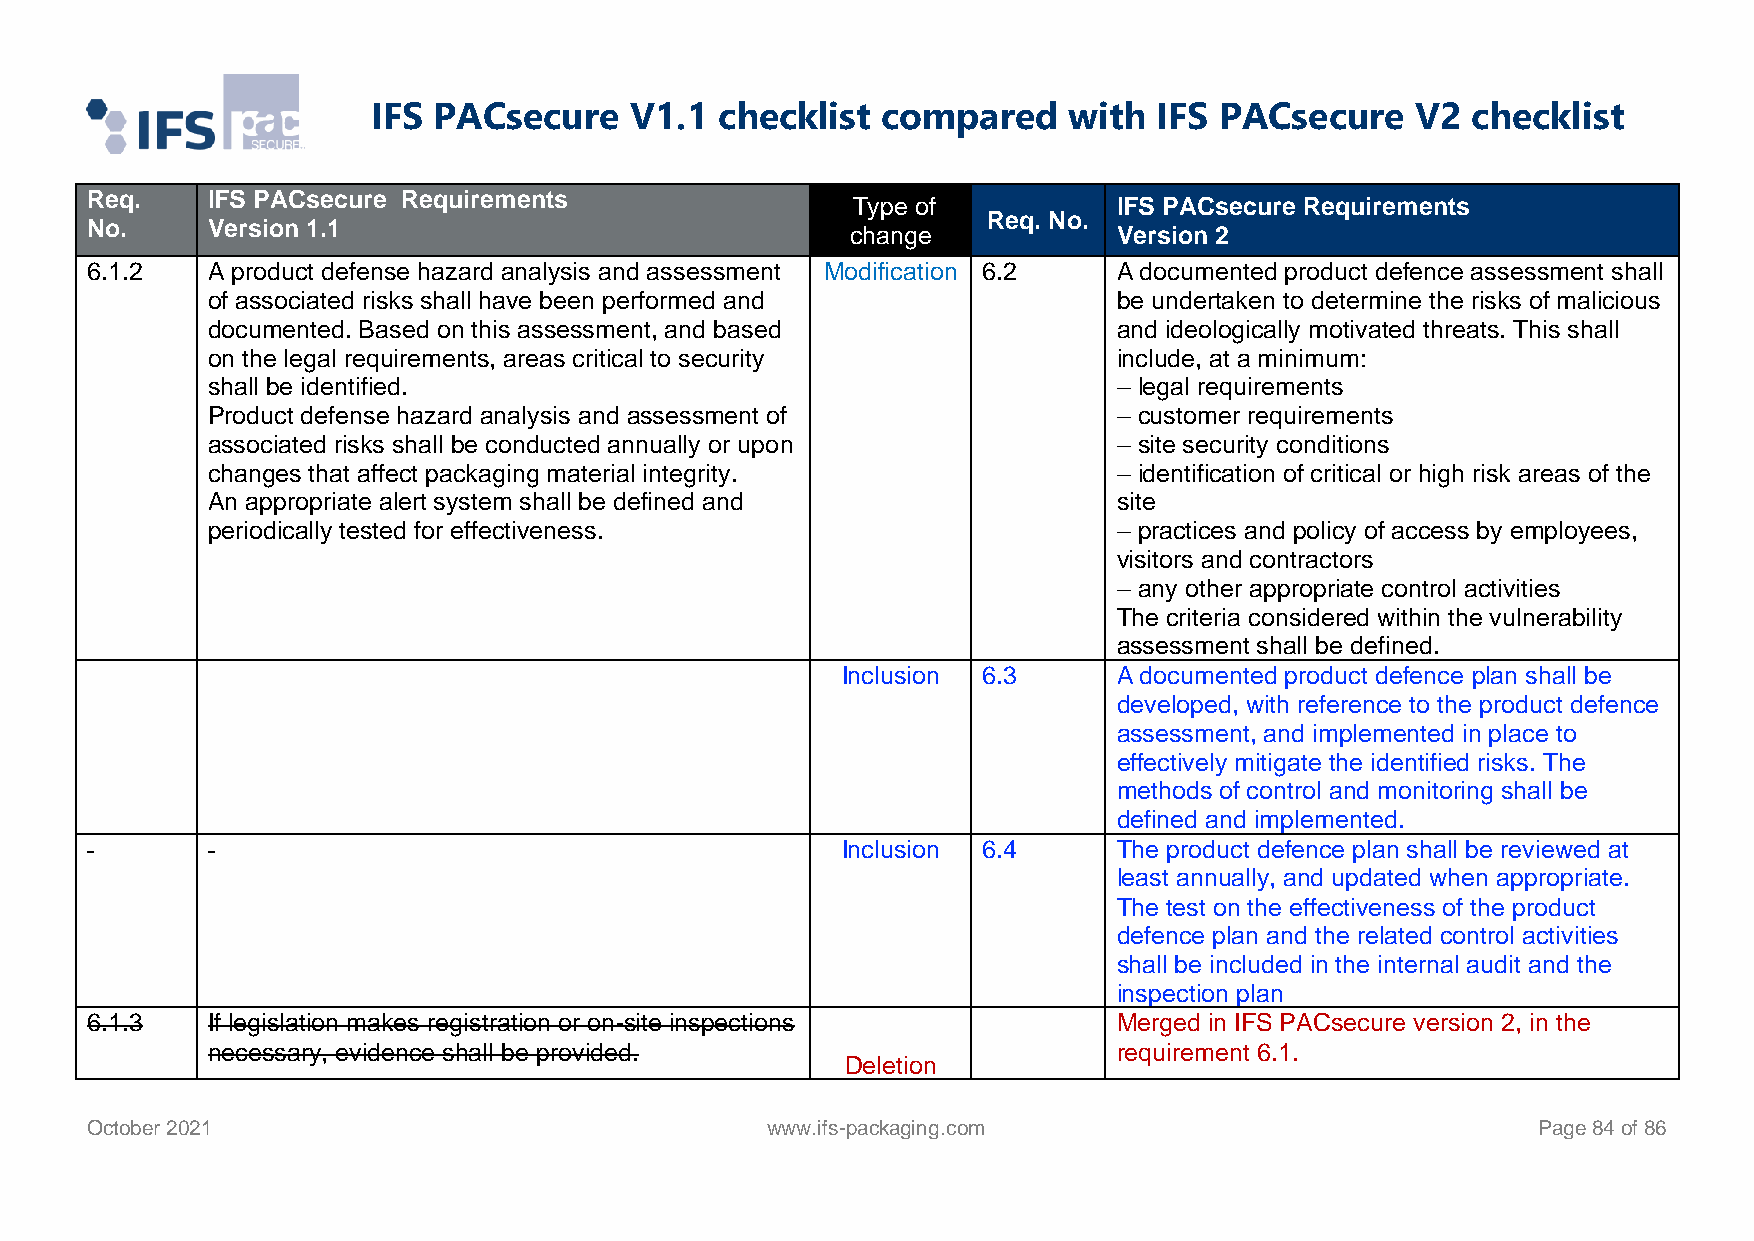
IFS PACsecure    V1.1  checklist compared     with  IFS PACsecure    V2 checklist
 Req.    IFS PACsecure Requirements
 Type of           IFS PACsecure Requirements
 Req. No.
 No.     Version 1.1                               change            Version 2
 6.1.2   A product defense hazard analysis and assessment Modification 6.2 A documented product defence assessment shall
 of associated risks shall have been performed and           be undertaken to determine the risks of malicious
 documented. Based on this assessment, and based             and ideologically motivated threats. This shall
 on the legal requirements, areas critical to security       include, at a minimum:
 shall be identified.                                        – legal requirements
 Product defense hazard analysis and assessment of           – customer requirements
 associated risks shall be conducted annually or upon        – site security conditions
 changes that affect packaging material integrity.           – identification of critical or high risk areas of the
 An appropriate alert system shall be defined and            site
 periodically tested for effectiveness.                      – practices and policy of access by employees,
 visitors and contractors
 – any other appropriate control activities
 The criteria considered within the vulnerability
 assessment shall be defined.
 Inclusion 6.3     A documented product defence plan shall be
 developed, with reference to the product defence
 assessment, and implemented in place to
 effectively mitigate the identified risks. The
 methods of control and monitoring shall be
 defined and implemented.
 Inclusion 6.4     The product defence plan shall be reviewed at
 least annually, and updated when appropriate.
 The test on the effectiveness of the product
 defence plan and the related control activities
 shall be included in the internal audit and the
 inspection plan
 6.1.3   If legislation makes registration or on-site inspections    Merged in IFS PACsecure version 2, in the
 necessary, evidence shall be provided.                      requirement 6.1.
 Deletion
 October 2021                                 www.ifs-packaging.com                              Page 84 of 86